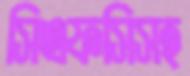
সিএফসিসহ